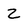
Character: Z